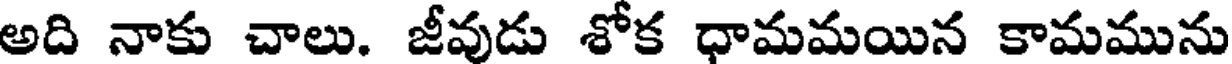
అది నాకు చాలు. జీవుడు శోక ధామమయిన కామమును